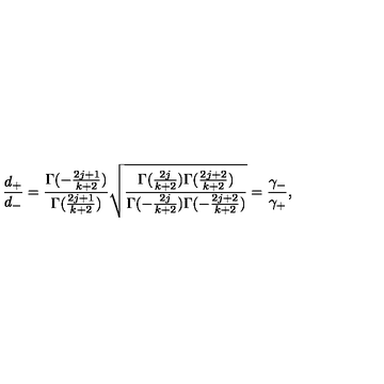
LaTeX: \frac { d _ { + } } { d _ { - } } = \frac { \Gamma ( - \frac { 2 j + 1 } { k + 2 } ) } { \Gamma ( \frac { 2 j + 1 } { k + 2 } ) } \sqrt { \frac { \Gamma ( \frac { 2 j } { k + 2 } ) \Gamma ( \frac { 2 j + 2 } { k + 2 } ) } { \Gamma ( - \frac { 2 j } { k + 2 } ) \Gamma ( - \frac { 2 j + 2 } { k + 2 } ) } } = \frac { \gamma _ { - } } { \gamma _ { + } } ,